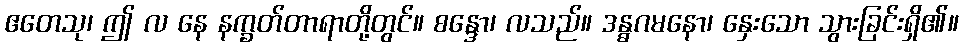
ဧတေသု၊ ဤ လ နေ နက္ခတ်တာရာတို့တွင်။ စန္ဒော၊ လသည်။ ဒန္ဓဂမနော၊ နှေးသော သွားခြင်းရှိ၏။